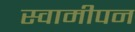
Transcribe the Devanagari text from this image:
स्वामीपन